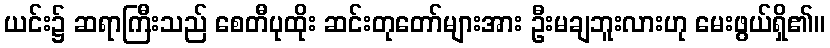
ယင်း၌ ဆရာကြီးသည် စေတီပုထိုး ဆင်းတုတော်များအား ဦးမချဘူးလားဟု မေးဖွယ်ရှိ၏။